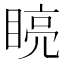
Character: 𭿏